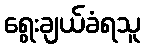
ရွေးချယ်ခံရသူ